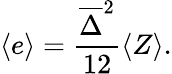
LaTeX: \langle e\rangle=\frac{\overline{{\Delta}}^{2}}{12}\langle Z\rangle.